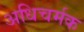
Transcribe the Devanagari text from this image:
अधिचर्मक